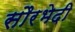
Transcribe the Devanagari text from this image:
सौरभेदी